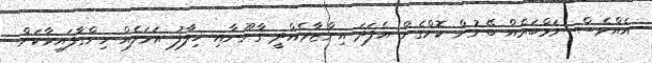
އެއްވެސް ނަމްބަރެއް ބޭނުން ކޮށްގެން އެފަދަ އިންޒާރެއްދީ ޤާނޫނާއި ޚިލާފު އަމަލެއް ހިންގާފައިވާކަން